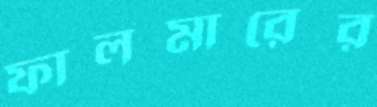
ফালমারের